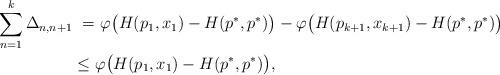
LaTeX: \begin{align*} \sum_{n=1}^k\Delta_{n,n+1} \ = &\ \varphi\big(H(p_1,x_1)-H(p^*,p^*)\big)-\varphi\big(H(p_{k+1},x_{k+1})-H(p^*,p^*)\big)&\\\leq \ &\varphi\big(H(p_1,x_1)-H(p^*,p^*)\big),&\end{align*}